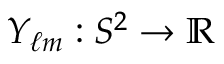
Y _ { \ell m } : S ^ { 2 } \to \mathbb { R }